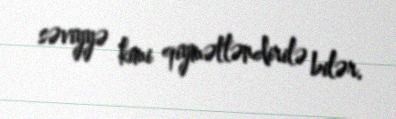
səviyyə kimi qiymətləndirilə bilər.